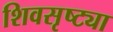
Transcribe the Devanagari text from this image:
शिवसृष्ट्या